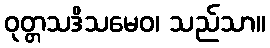
ဝုတ္တသဒိသမေဝ၊ သည်သာ။